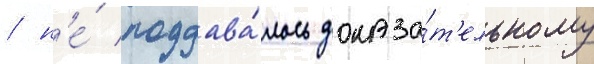
/ н'е́ поддава́лось доказа́т'ельному